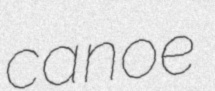
canoe